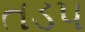
તડપ